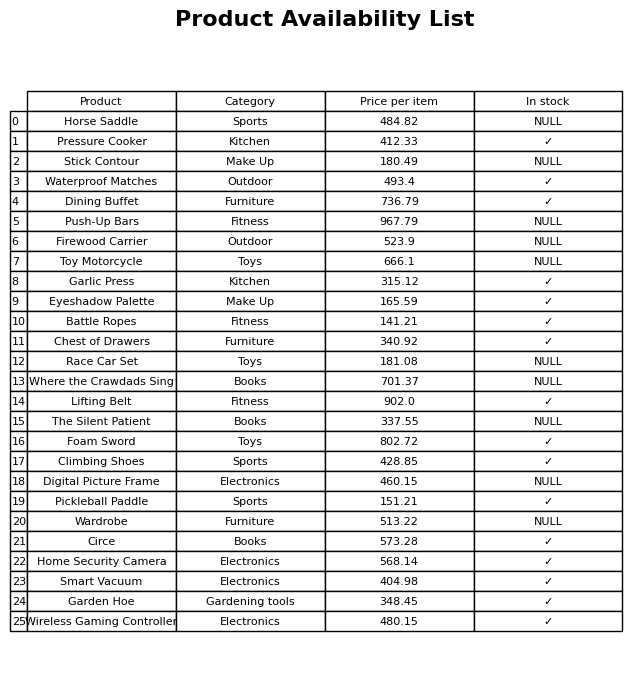
question: What is the price for Wireless Gaming Controller?
answer: The price of Wireless Gaming Controller is 480.15.